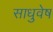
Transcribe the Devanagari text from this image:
साधुवेष